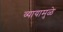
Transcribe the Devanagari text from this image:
व्यायामुळे